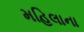
મહિલાના